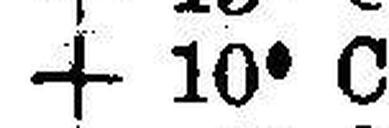
+ 10° C